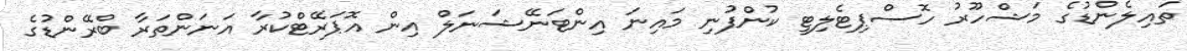
ތައިލެންޑުގެ މަޝްހޫރު ހޮސްޕިޓެލިޓީ ކުންފުނި މައިނަ އިންޓަނޭޝަނަލް އިން އޮޕަރޭޓްކުރާ އަނަންތަރާ ބްރޭންޑުގެ